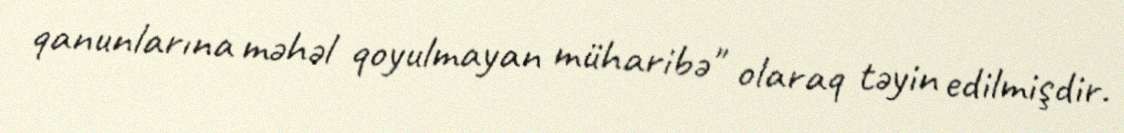
qanunlarına məhəl qoyulmayan müharibə" olaraq təyin edilmişdir.